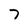
Character: 7